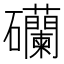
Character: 𥗺